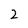
Character: 2